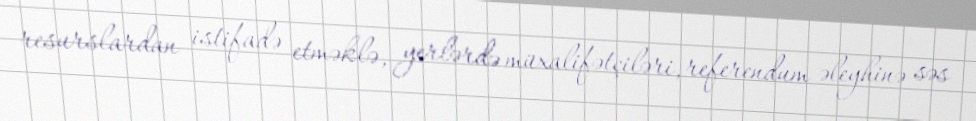
resurslardan istifadə etməklə, yerlərdə müxalifətçiləri, referendum əleyhinə səs